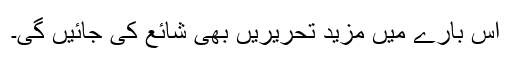
اس بارے میں مزید تحریریں بھی شائع کی جائیں گی۔